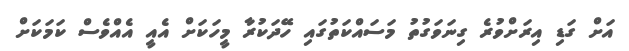
އަށް ގަޑި އިރަށްވުރެ ގިނަވަގުތު މަސައްކަތުގައި ހޭދަކުރާ މީހަކަށް އެއީ އެއްވެސް ކަމަކަށް